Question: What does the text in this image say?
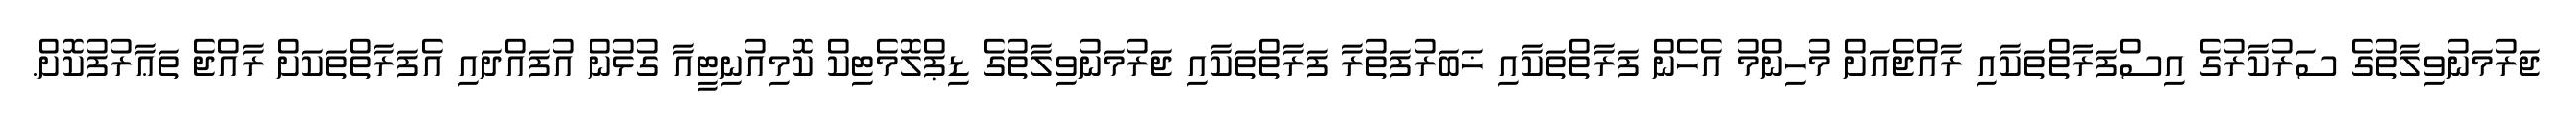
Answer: ޖަރުމަނުވިލާތުގެ ސަރުކާރުގެ އިސްފަރާތްތަކާއި ރާއްޖެއަށް މުހިންމު އެހެން ފަރާތްތަކާއި ޚަބަރުފަތުރާ ފަރާތްތަކާއި ޖަރުމަނުވިލާތުގެ ޑިޕްލޮމެޓިކް ކޮމިއުނިޓީއާ ގުޅުން އުފައްދައި އެފަރާތްތަކަށް ރާއްޖެ ތަޢާރުފުކޮށް.